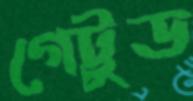
গেট্টুড